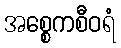
အစ္စေကစီဝရံ